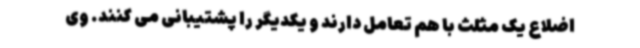
اضلاع یک مثلث با هم تعامل دارند و یکدیگر را پشتیبانی می کنند. وی